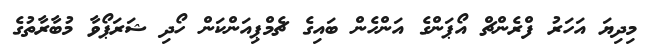
މިދިޔަ އަހަރު ފްރެންޗް އޯޕަންގެ އަންހެން ބައިގެ ޗެމްޕިއަންކަން ހޯދި ޝަރަޕޯވާ މުބާރާތުގެ